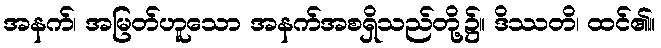
အနက်၊ အမြတ်ဟူသော အနက်အစရှိသည်တို့၌။ ဒိဿတိ၊ ထင်၏။